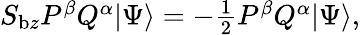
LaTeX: \begin{array}{r}{S_{\mathrm{b}z}P^{\beta}Q^{\alpha}\vert\Psi\rangle=-\frac{1}{2}P^{\beta}Q^{\alpha}\vert\Psi\rangle,}\end{array}